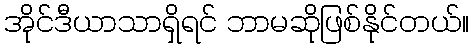
အိုင်ဒီယာသာရှိရင် ဘာမဆိုဖြစ်နိုင်တယ်။